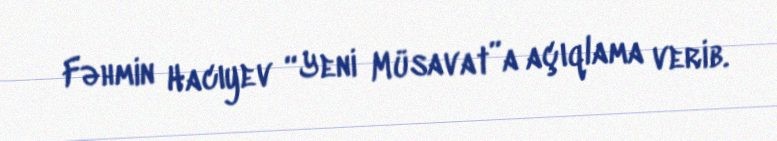
Fəhmin Hacıyev “Yeni Müsavat”a açıqlama verib.